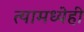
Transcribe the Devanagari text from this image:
त्यामध्येही